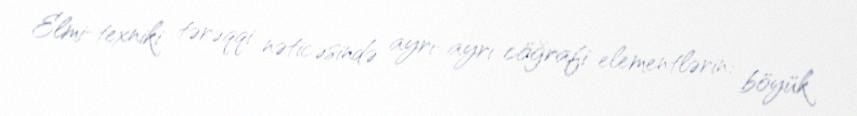
Elmi-texniki tərəqqi nəticəsində ayrı-ayrı cöğrafi elementlərin: böyük